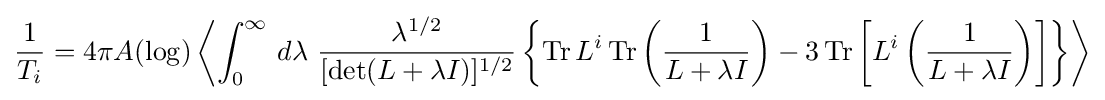
{\frac {1}{T_{i}}}=4\pi A(\operatorname {log} )\left\langle \int _{0}^{\infty }\,d\lambda \ {\frac {\lambda ^{1/2}}{[\operatorname {det} (L+\lambda I)]^{1/2}}}\left\{\operatorname {Tr} L^{i}\operatorname {Tr} \left({\frac {1}{L+\lambda I}}\right)-3\operatorname {Tr} \left[L^{i}\left({\frac {1}{L+\lambda I}}\right)\right]\right\}\right\rangle